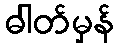
ဓါတ်မှန်